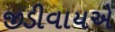
જીડીવાયએ